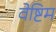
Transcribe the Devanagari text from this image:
वेष्टिम